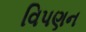
વિપણન